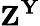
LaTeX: \mathbf{Z^{Y}}